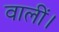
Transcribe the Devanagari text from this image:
वालीं।